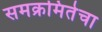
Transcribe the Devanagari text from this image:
समक्रमितेचा